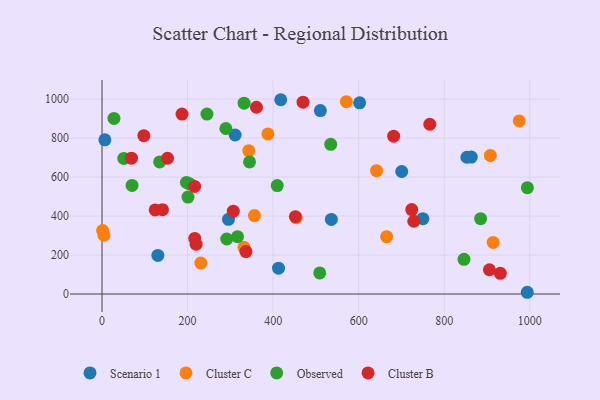
{"axis": {"x": "Distance", "y": "Yield"}, "legend": ["Cluster B", "Cluster C", "Observed", "Scenario 1"], "data": [{"x": "994.0", "y": 9.0, "type": "Scenario 1"}, {"x": "852.9", "y": 701.7, "type": "Scenario 1"}, {"x": "602.2", "y": 981.0, "type": "Scenario 1"}, {"x": "6.7", "y": 791.3, "type": "Scenario 1"}, {"x": "536.1", "y": 382.5, "type": "Scenario 1"}, {"x": "130.5", "y": 198.2, "type": "Scenario 1"}, {"x": "750.0", "y": 386.5, "type": "Scenario 1"}, {"x": "510.4", "y": 940.9, "type": "Scenario 1"}, {"x": "417.8", "y": 996.8, "type": "Scenario 1"}, {"x": "295.6", "y": 383.4, "type": "Scenario 1"}, {"x": "863.3", "y": 702.6, "type": "Scenario 1"}, {"x": "700.6", "y": 628.6, "type": "Scenario 1"}, {"x": "412.6", "y": 132.7, "type": "Scenario 1"}, {"x": "311.2", "y": 815.9, "type": "Scenario 1"}, {"x": "571.2", "y": 986.8, "type": "Cluster C"}, {"x": "343.1", "y": 735.2, "type": "Cluster C"}, {"x": "907.7", "y": 711.3, "type": "Cluster C"}, {"x": "1.4", "y": 325.5, "type": "Cluster C"}, {"x": "914.4", "y": 264.7, "type": "Cluster C"}, {"x": "230.9", "y": 158.9, "type": "Cluster C"}, {"x": "453.9", "y": 391.7, "type": "Cluster C"}, {"x": "331.9", "y": 239.7, "type": "Cluster C"}, {"x": "975.3", "y": 888.2, "type": "Cluster C"}, {"x": "4.4", "y": 301.6, "type": "Cluster C"}, {"x": "665.3", "y": 294.0, "type": "Cluster C"}, {"x": "387.7", "y": 821.5, "type": "Cluster C"}, {"x": "641.7", "y": 632.9, "type": "Cluster C"}, {"x": "356.3", "y": 402.5, "type": "Cluster C"}, {"x": "289.5", "y": 849.3, "type": "Observed"}, {"x": "534.6", "y": 767.8, "type": "Observed"}, {"x": "50.9", "y": 695.7, "type": "Observed"}, {"x": "508.9", "y": 108.3, "type": "Observed"}, {"x": "344.8", "y": 677.9, "type": "Observed"}, {"x": "134.7", "y": 677.9, "type": "Observed"}, {"x": "70.2", "y": 557.0, "type": "Observed"}, {"x": "245.3", "y": 923.0, "type": "Observed"}, {"x": "332.1", "y": 979.2, "type": "Observed"}, {"x": "846.1", "y": 177.9, "type": "Observed"}, {"x": "885.0", "y": 386.4, "type": "Observed"}, {"x": "197.3", "y": 572.3, "type": "Observed"}, {"x": "409.6", "y": 556.3, "type": "Observed"}, {"x": "291.5", "y": 282.4, "type": "Observed"}, {"x": "994.3", "y": 545.5, "type": "Observed"}, {"x": "27.9", "y": 900.9, "type": "Observed"}, {"x": "316.7", "y": 294.4, "type": "Observed"}, {"x": "204.6", "y": 565.5, "type": "Observed"}, {"x": "200.9", "y": 497.5, "type": "Observed"}, {"x": "306.9", "y": 425.0, "type": "Cluster B"}, {"x": "124.3", "y": 431.7, "type": "Cluster B"}, {"x": "219.9", "y": 255.9, "type": "Cluster B"}, {"x": "153.1", "y": 696.5, "type": "Cluster B"}, {"x": "728.8", "y": 373.3, "type": "Cluster B"}, {"x": "97.8", "y": 812.4, "type": "Cluster B"}, {"x": "766.2", "y": 871.1, "type": "Cluster B"}, {"x": "931.1", "y": 106.0, "type": "Cluster B"}, {"x": "336.4", "y": 217.9, "type": "Cluster B"}, {"x": "905.6", "y": 124.5, "type": "Cluster B"}, {"x": "68.9", "y": 697.2, "type": "Cluster B"}, {"x": "469.9", "y": 984.2, "type": "Cluster B"}, {"x": "141.3", "y": 432.6, "type": "Cluster B"}, {"x": "216.7", "y": 285.2, "type": "Cluster B"}, {"x": "361.0", "y": 958.2, "type": "Cluster B"}, {"x": "452.0", "y": 396.9, "type": "Cluster B"}, {"x": "681.7", "y": 810.0, "type": "Cluster B"}, {"x": "216.4", "y": 551.9, "type": "Cluster B"}, {"x": "724.0", "y": 433.5, "type": "Cluster B"}, {"x": "187.0", "y": 923.0, "type": "Cluster B"}]}